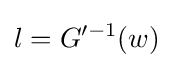
l=G'^{-1}(w)